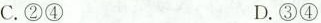
C. ②④ D. ③④